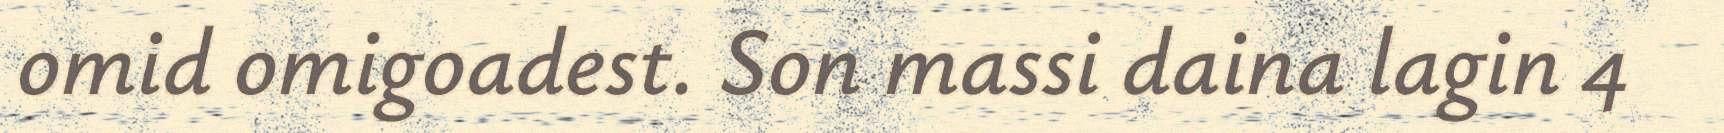
omid omigoadest. Son massi daina lagin 4